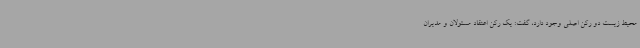
محیط زیست دو رکن اصلی وجود دارد، گفت: یک رکن اعتقاد مسئولان و مدیران